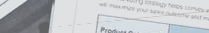
مقهى النيل مكان مثالي للا